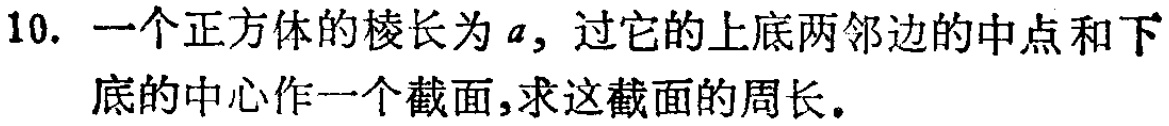
10. 一个正方体的棱长为\(a\)，过它的上底两邻边的中点和下底的中心作一个截面，求这截面的周长。